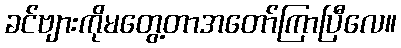
ခင်ဗျားကိုမတွေ့တာအတော်ကြာပြီလေ။